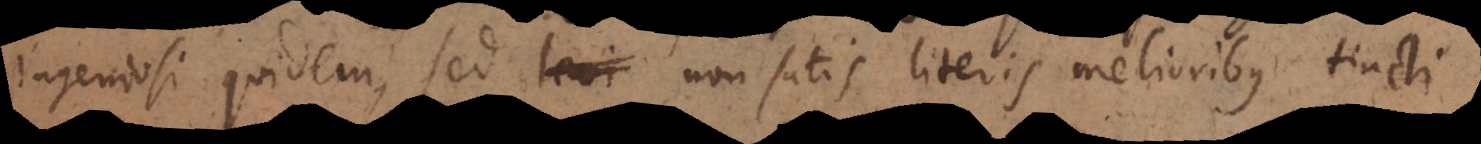
ingeniosi quidem, sed levi non satis literis melioribus tincti